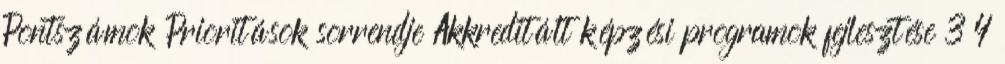
Pontszámok Prioritások sorrendje Akkreditált képzési programok fejlesztése 3 4